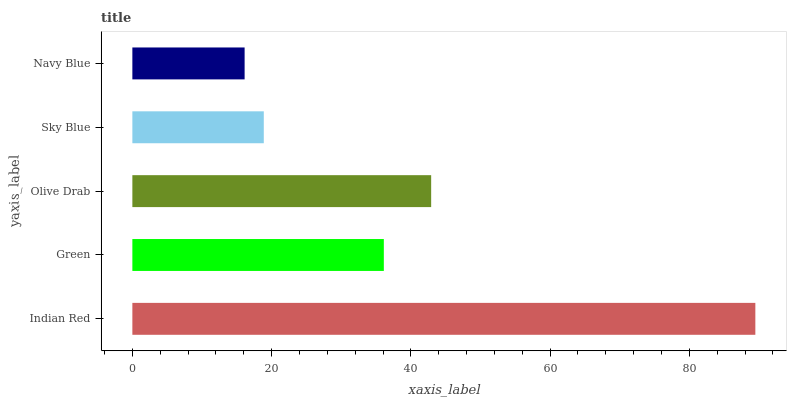
| yaxis_label | bars |
 | --- | --- |
 | Indian Red | 89.5 |
 | Green | 36.1 |
 | Olive Drab | 42.9 |
 | Sky Blue | 18.9 |
 | Navy Blue | 16.1 |